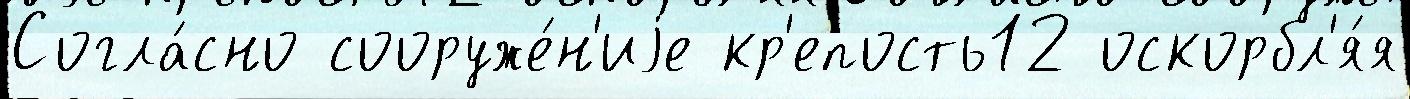
Согла́сно сооруже́н'иjе кр'епость12 оскорбл'я́я